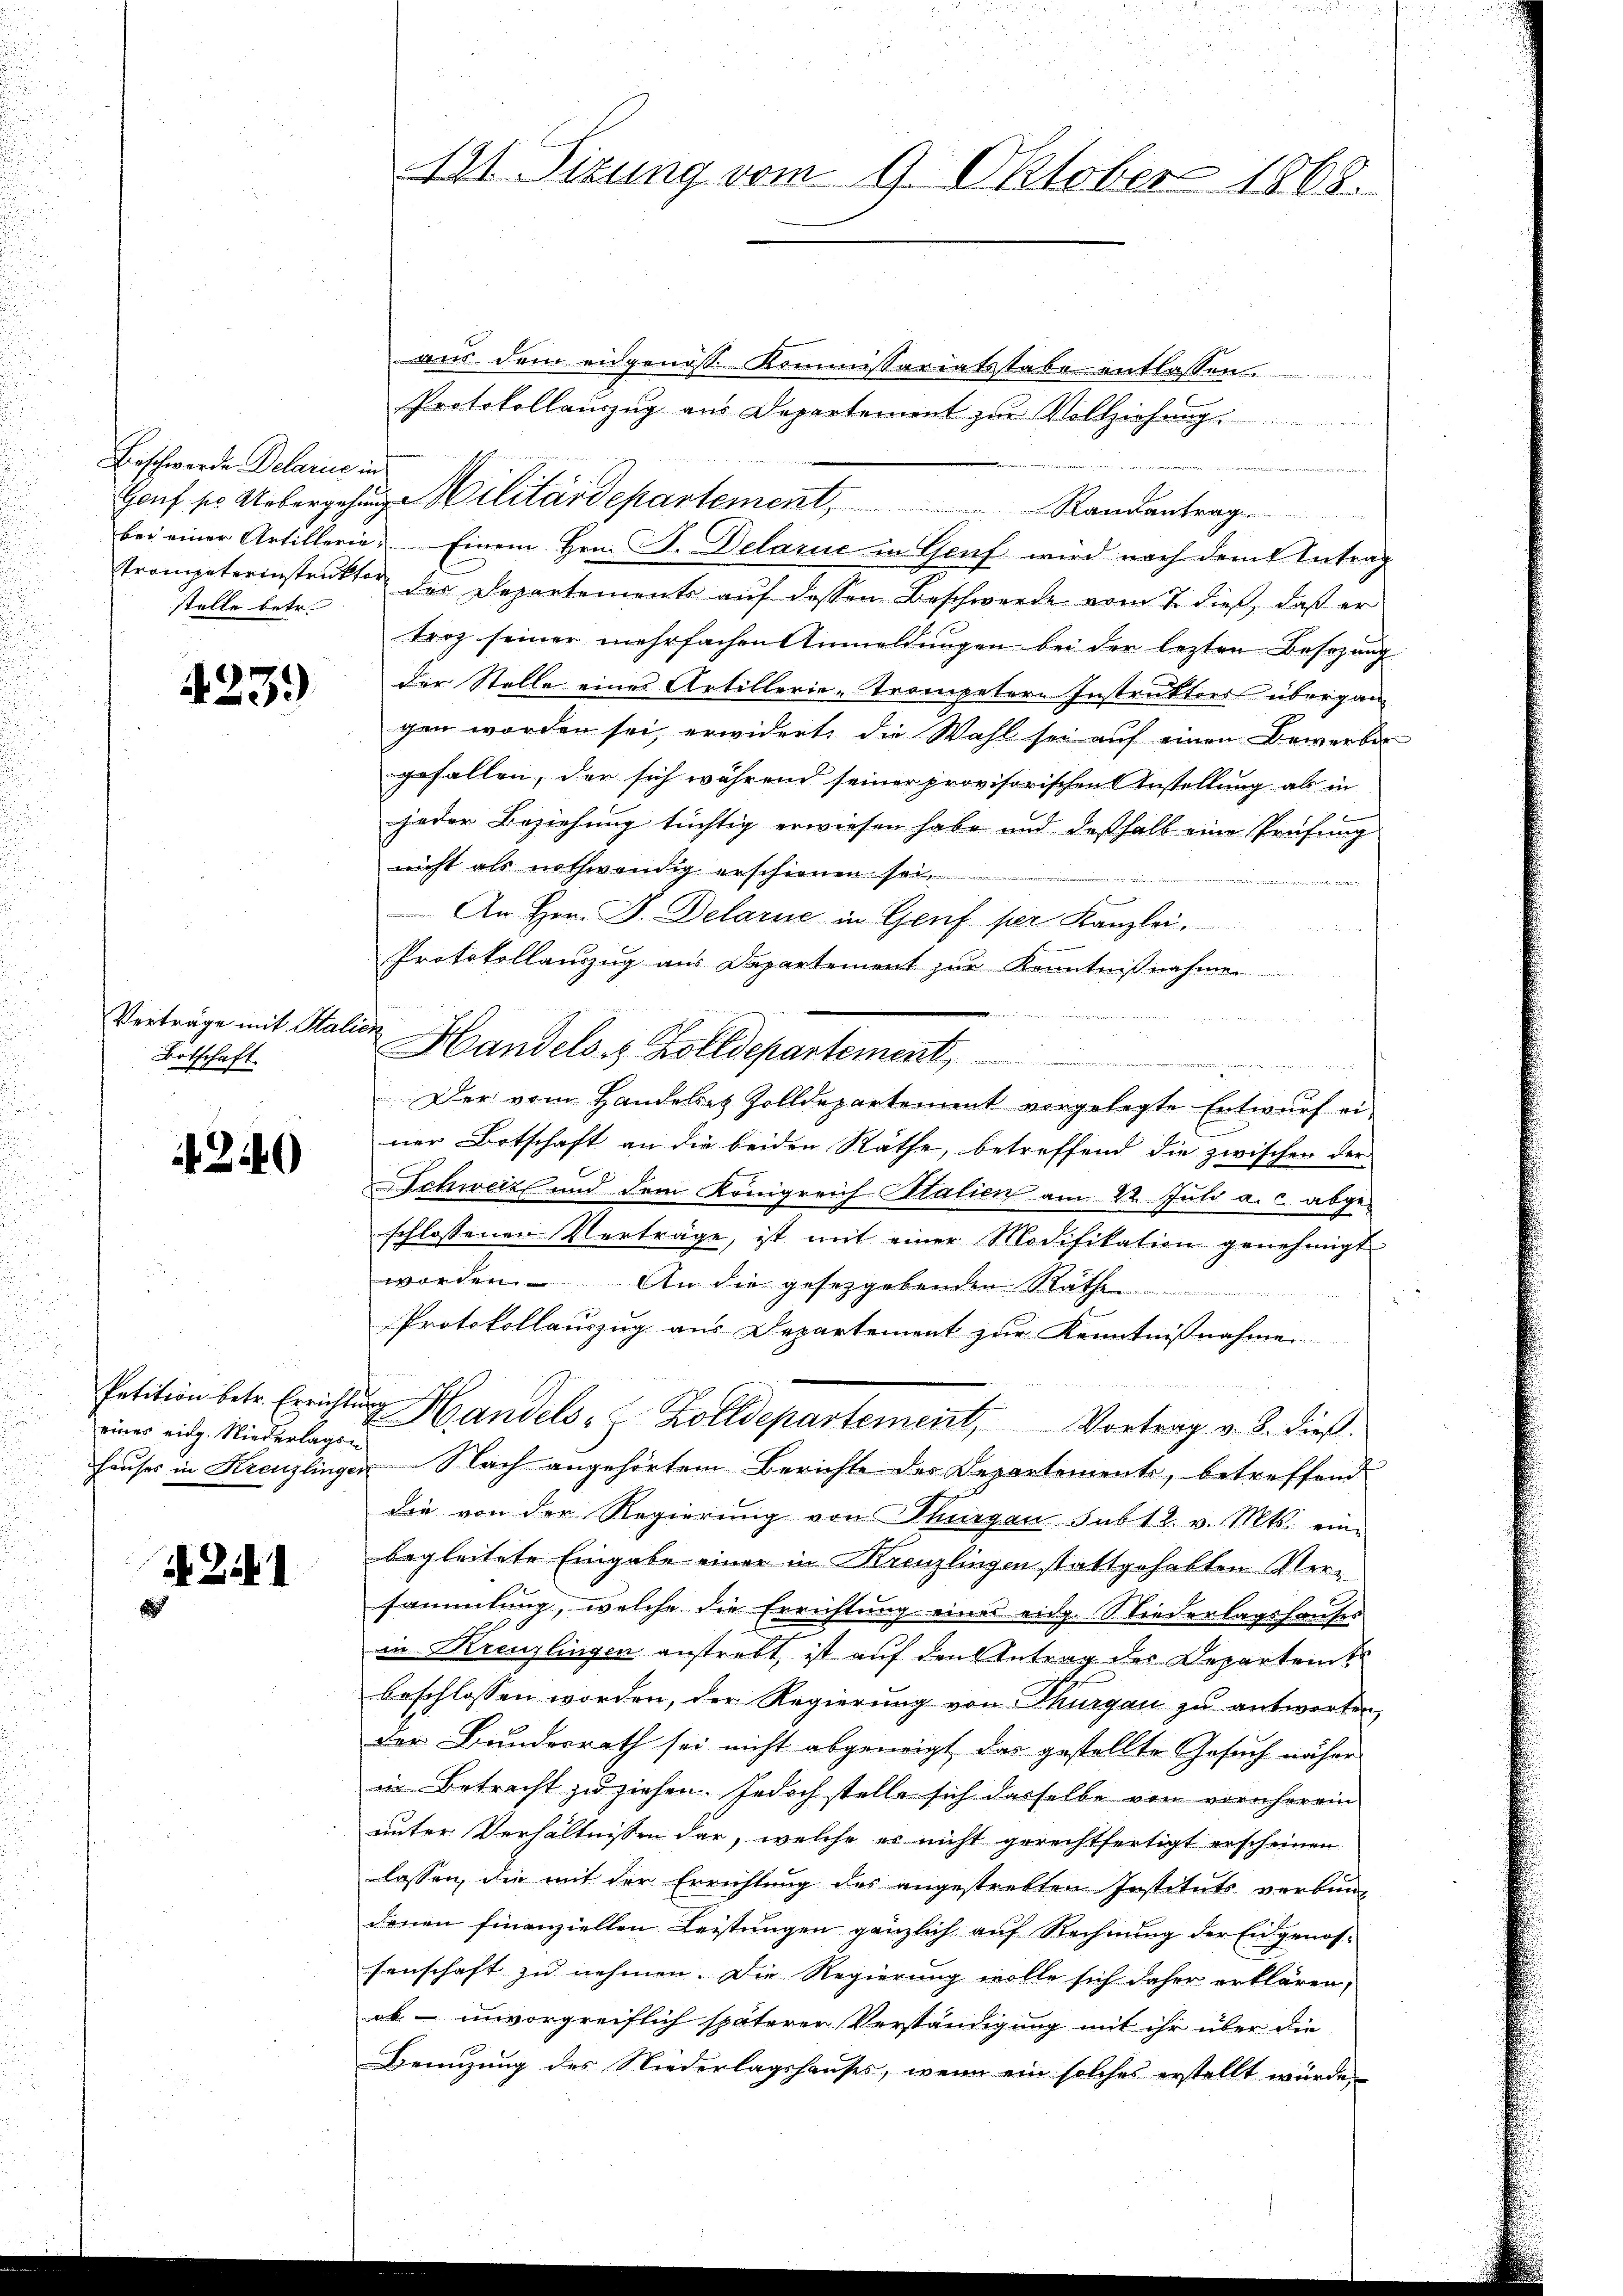
Beschwerde Delarie in
stelle betr.

423.

Verträge mit Hal
Botschaft.

4240

eines eidg. Niederlagen

I. Zif. 1

121. Situng vom 9. Oktober 1868.

aus dem eidgenosse Kommissariatsstabe entlassen.
Protokollauszug aus Departement zur Vollziehung
Gauf so Uebergehen Militärdepartement, Randantrag
bei einer Artillerie. Einem Hrn. F. Delarie in Genf wird nach dem Antrag
trompeterinstruktor der Departements aŭf dessen Beschwerde vom 7. dieß, daß er
troz seiner mehrfachen Anmeldungen bei der lezten Besizung
der Stelle eines Artillerie-Trompetern Instruktors übergan
gen worden sei, erwidert, die Wahl sei auf einen Bewerber
gefallen, der sich während seiner provisorischen Anstellung als in
jeder Beziehung tüchtig erwiesen habe und deßhalb eine Prüfung
nicht als nothwendig erschienen sei.
 An Hrn. F. Delarne in Genf per Kanzlei.
Protokollauszug aus Departement zur Kenntnißnahme

s
Handels- & Zolldepartement,
                  der Gegen manch
Der vom Handelet Zolldepartement vorgelegte Entwurf ei
ner Botschaft an die beiden Räthe, betreffend die zwischen der
Schweiz und dem Königreich Italien am 22. Juli a. c. abge-
schlossenen Verträge, ist mit einer Modifikation genehmigt
worden. An die gesetzgebenden Räthen

Protokollauszug aus Departement zur Kenntnißnahme
Petition betr. Errichtŭng Handels- Zolldepartement, Vortrag v. J. dieß.
f
Hauses in Kreuzlingen Nach angehörtem Berichte der Departements, betreffend
die von der Regierung von Thurgau sub 12. v. Mts. eine
begleitete Eingabe einer in Kreuzlingen stattgehabten Versammlung, welche die Errichtŭng eines eidg. Niederlagshauses
in Kreuzlingen anstrebt ist auf den Antrag der Departen
beschlossen worden, der Regierung von Thurgau zu antworten,
der Bundesrath sei nicht abgeneigt, das gestellte Gesuch näher
in Betracht zu ziehen. Jedoch stelle sich dasselbe von vornherein
unter Verhältnissen dar, welche es nicht gerechtfertigt erscheinen
lassen, die mit der Errichtung des angestrebten Instituts verbun-
denen finanziellen Leistungen gänzlich auf Rechnung der Eidgenos-
senschaft zu nehmen. Die Regierung wolle sich daher erklären,
ab – unvorgreiflich späterer Verständigung mit ihr über die
Benuzung des Niederlagshauses, wenn ein solches erstellt würde,